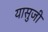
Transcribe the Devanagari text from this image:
यासुजी